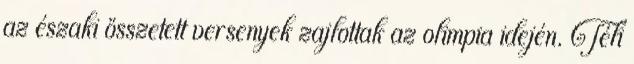
az északi összetett versenyek zajlottak az olimpia idején. Téli